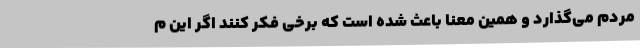
مردم می‌گذارد و همین معنا باعث شده است که برخی فکر کنند اگر این م